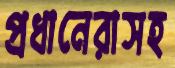
প্রধানেরাসহ